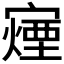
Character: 𫴍